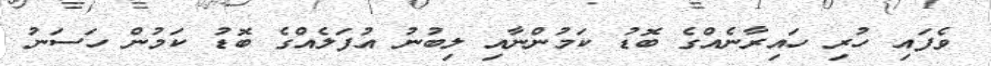
ވެފައި ހުރި ހައިރާނެއްގެ ބޮޑު ކަމުންނާއި ލިބުނު އުފަލެއްގެ ބޮޑު ކަމުން ހަސަނު